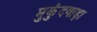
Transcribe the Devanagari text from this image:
मुकुंदवाड़ा